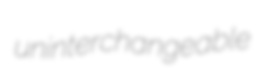
uninterchangeable